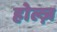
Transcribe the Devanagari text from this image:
होल्ज़